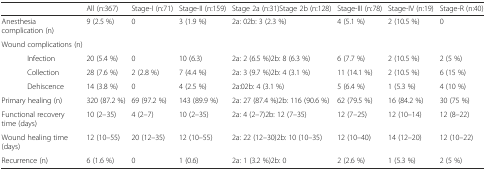
<table><thead><tr><td colspan="2"></td><td><b>All (n:367)</b></td><td><b>Stage-I (n:71)</b></td><td><b>Stage-II (n:159)</b></td><td><b>Stage 2a (n:31)Stage 2b (n:128)</b></td><td><b>Stage-III (n:78)</b></td><td><b>Stage-IV (n:19)</b></td><td><b>Stage-R (n:40)</b></td></tr></thead><tbody><tr><td colspan="2">Anesthesia complication (n)</td><td>9 (2.5 %)</td><td>0</td><td>3 (1.9 %)</td><td>2a: 02b: 3 (2.3 %)</td><td>4 (5.1 %)</td><td>2 (10.5 %)</td><td>0</td></tr><tr><td colspan="9">Wound complications (n)</td></tr><tr><td></td><td>Infection</td><td>20 (5.4 %)</td><td>0</td><td>10 (6.3)</td><td>2a: 2 (6.5 %)2b: 8 (6.3 %)</td><td>6 (7.7 %)</td><td>2 (10.5 %)</td><td>2 (5 %)</td></tr><tr><td></td><td>Collection</td><td>28 (7.6 %)</td><td>2 (2.8 %)</td><td>7 (4.4 %)</td><td>2a: 3 (9.7 %)2b: 4 (3.1 %)</td><td>11 (14.1 %)</td><td>2 (10.5 %)</td><td>6 (15 %)</td></tr><tr><td></td><td>Dehiscence</td><td>14 (3.8 %)</td><td>0</td><td>4 (2.5 %)</td><td>2a:02b: 4 (3.1 %)</td><td>5 (6.4 %)</td><td>1 (5.3 %)</td><td>4 (10 %)</td></tr><tr><td colspan="2">Primary healing (n)</td><td>320 (87.2 %)</td><td>69 (97.2 %)</td><td>143 (89.9 %)</td><td>2a: 27 (87.4 %)2b: 116 (90.6 %)</td><td>62 (79.5 %)</td><td>16 (84.2 %)</td><td>30 (75 %)</td></tr><tr><td colspan="2">Functional recovery time (days)</td><td>10 (2–35)</td><td>4 (2–7)</td><td>10 (2–35)</td><td>2a: 4 (2–7)2b: 12 (7–35)</td><td>12 (7–25)</td><td>12 (10–14)</td><td>12 (8–22)</td></tr><tr><td colspan="2">Wound healing time (days)</td><td>12 (10–55)</td><td>20 (12–35)</td><td>12 (10–55)</td><td>2a: 22 (12–30)2b: 10 (10–35)</td><td>12 (10–40)</td><td>14 (12–20)</td><td>12 (10–22)</td></tr><tr><td colspan="2">Recurrence (n)</td><td>6 (1.6 %)</td><td>0</td><td>1 (0.6)</td><td>2a: 1 (3.2 %)2b: 0</td><td>2 (2.6 %)</td><td>1 (5.3 %)</td><td>2 (5 %)</td></tr></tbody></table>